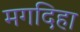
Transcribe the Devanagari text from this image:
मगदिहा